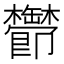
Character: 𬅔